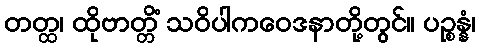
တတ္ထ၊ ထိုဗာတ္တိံ သဝိပါကဝေဒနာတို့တွင်။ ပဉ္စန္နံ၊